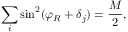
\sum _ { i } \sin ^ { 2 } ( \varphi _ { R } + \delta _ { j } ) = \frac { M } { 2 } ,